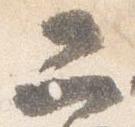
二